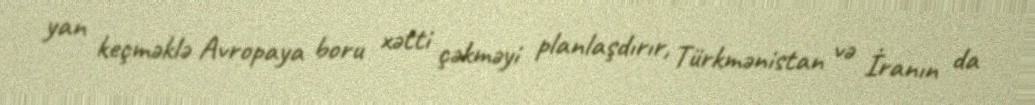
yan keçməklə Avropaya boru xətti çəkməyi planlaşdırır, Türkmənistan və İranın da